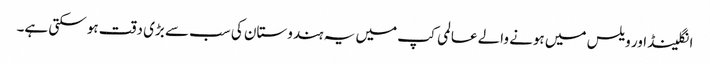
انگلینڈ اور ویلس میں ہونے والے عالمی کپ میں یہ ہندوستان کی سب سے بڑی دقت ہو سکتی ہے۔